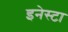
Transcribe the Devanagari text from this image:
इनेस्टा